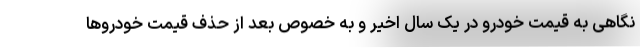
نگاهی به قیمت خودرو در یک سال اخیر و به خصوص بعد از حذف قیمت خودروها